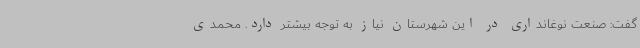
گفت: صنعت نوغانداری در این شهرستان نیاز به توجه بیشتر دارد. محمدی